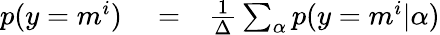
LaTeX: \begin{array}{rlr}{p(y=m^{i})}&{{}=}&{\frac{1}{\Delta}\sum_{\alpha}p(y=m^{i}|\alpha)}\end{array}